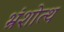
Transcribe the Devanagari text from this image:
भ्रंशोत्थ